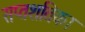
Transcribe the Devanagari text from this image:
सप्तशतिका